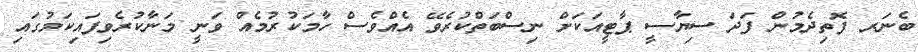
ބެނަރ ފޮތިދެމުން ފަދަ ސިޔާސީ ޕާޓީއަކަށް ނިސްބަތްކުރެވޭ އެއްވެސް ހާމަކުރުމެއް ވަނީ މަނާކުރެވިފައިކަމުގައި